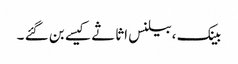
بینک ،بیلنس اثاثے کیسے بن گئے ۔